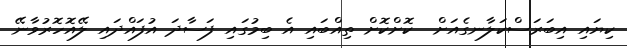
ކިޔައި އިބަރަސްކަލާނގެއަށް  ކޮށްކޮށް ތިއްބައި އެ ބިމުގައި ފަސާދަ އުފައްދައި ލޭއޮހޮރުވާނޭ